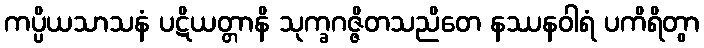
ကပ္ပိယသာသနံ ပဋိယတ္တာနိ သုက္ခဂဇ္ဇိတသညိတေ နဿနဝါရံ ပကိရိတွာ